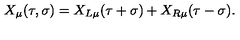
X _ { \mu } ( \tau , \sigma ) = X _ { L \mu } ( \tau + \sigma ) + X _ { R \mu } ( \tau - \sigma ) .